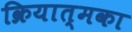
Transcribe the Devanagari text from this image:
क्रियात्मका